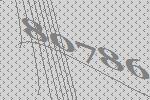
80786